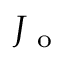
J _ { \mathrm { ~ o ~ } }